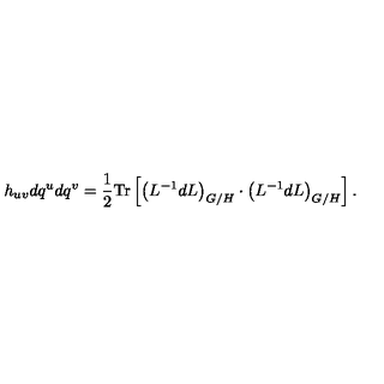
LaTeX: h _ { u v } d q ^ { u } d q ^ { v } = \frac 1 2 \mathrm { T r } \left[ \left( L ^ { - 1 } d L \right) _ { G / H } \cdot \left( L ^ { - 1 } d L \right) _ { G / H } \right] .